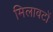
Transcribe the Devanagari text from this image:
मिलावटों